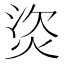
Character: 𤈾